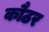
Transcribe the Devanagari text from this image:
कौठर